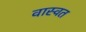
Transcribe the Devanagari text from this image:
वास्वत